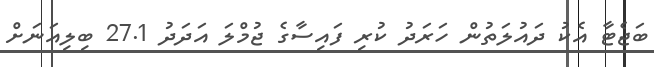
ބަޖެޓާ އެކު ދައުލަތުން ހަރަދު ކުރި ފައިސާގެ ޖުމްލަ އަދަދު 27.1 ބިލިއަނަށް